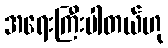
အရေးကြီးပါတယ်ဟု